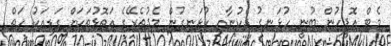
މެޓް އޮފީހުން ބުނީ ހުޅަނގު ދެކުނާއި ހުޅަނގުން މެދުތެރޭގެ އަތޮޅުތަކަށް ގަޑިއަކު ހަތް